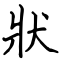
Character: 狀